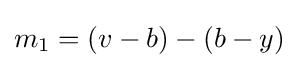
m_{1}=(v-b)-(b-y)